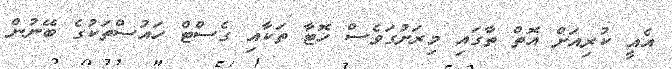
އެއީ ކުރިއަށް އޮތް ތާގައި މިރަށުގަވެސް ހޮޓާ ތަކާއި ގެސްޓް ހައުސްތަކުގެ ބޭނުން